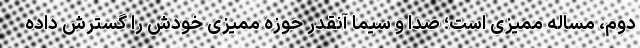
دوم، مساله ممیزی است؛ صدا و سیما آنقدر حوزه ممیزی خودش را گسترش داده